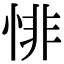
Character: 悱